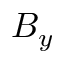
B _ { y }